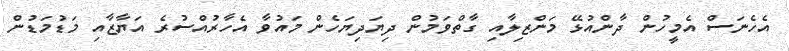
އެހެނަސް އެމީހުން ދާންއުޅޭ މަންޒިލާއި ގާތްވަމުން ދިޔަދިޔަހެން މައުވާ އެހާރުއްސުރެ އަޔާޒާއި މަޑުމަޑުން